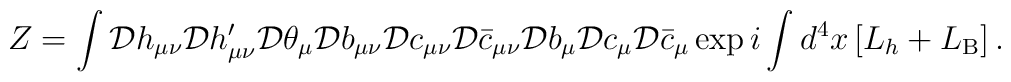
Z = \int {\cal D}h_{\mu\nu}{\cal D}h_{\mu\nu}'{\cal D}\theta_{\mu}{\cal D}b_{\mu\nu}{\cal D}c_{\mu\nu}{\cal D}\bar{c}_{\mu\nu}{\cal D}b_{\mu}{\cal D}c_{\mu}{\cal D}\bar{c}_{\mu}\exp i\int d^{4}x\left[L_{h} + L_{\rm B}\right] .